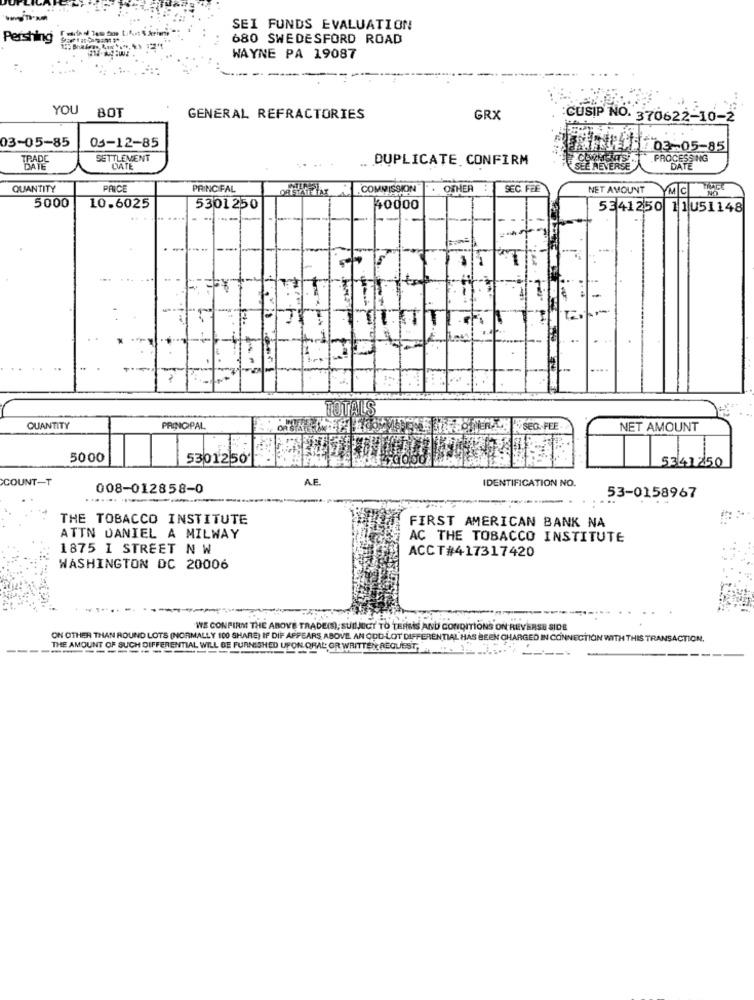
SEI FUNDS EVALUATION
Pershing
680 SWEDESFORD ROAD
WAYNE PA 19087
YOU
BOT
GENERAL REFRACTORIES
GRX
CUSIP NO. 370622-10-2
03-05-85
03-12-85
03-05-85
SETTLEMENT
. DUPLICATE. CONFIRM
COMMENTS
TRARE
DATE
SEE REVERSE
QUANTITY
PRICE
PRINC FAL
COMMISSION
OTHER
SEC. FEE
NET AMOUNT
YMC
5000
10.6025
5301250
40000
5341250 11051148
FALLS
QUANTITY
PRINCIPAL
"SEG. FEE
NET AMOUNT
5000
5301250'
5341250
COUNT-T
A.F.
IDENTIFICATION NO.
008-012858-0
53-0158967
THE TOBACCO INSTITUTE
FIRST AMERICAN BANK NA
ATTN DANIEL A MILWAY
AC THE TOBACCO INSTITUTE
1875 I STREET N W
ACCT#417317420
WASHINGTON DC 20006
"WE CONFIRM THE ABOVE TRADE(S), SUBJECT TO TERMS AND CONDITIONS ON REVERSE SIDE
ON OTHER THAN ROUND LOTS (NORMALLY 100 SHARE) IF DIF APPEARS ABOVE. AN COD-LOT DIFFERENTIAL HAS BEEN CHARGED IN CONNECTION WITH THIS TRANSACTION.
THE AMOUNT OF SUCH DIFFERENTIAL WILL BE FURNISHED UPON ORAL OR WRITTEN REQUEST."